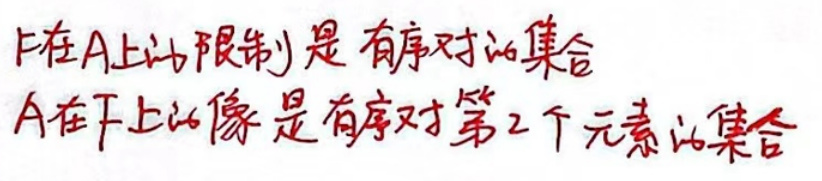
F在A上的限制是有序对的集合

A在F上的像是有序对第2个元素的集合